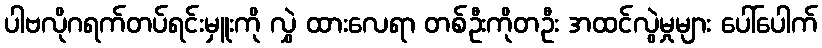
ပါဗလိုဂရက်တပ်ရင်းမှူးကို လွှဲ ထားလေရာ တစ်ဦးကိုတဦး အထင်လွဲမှုများ ပေါ်ပေါက်